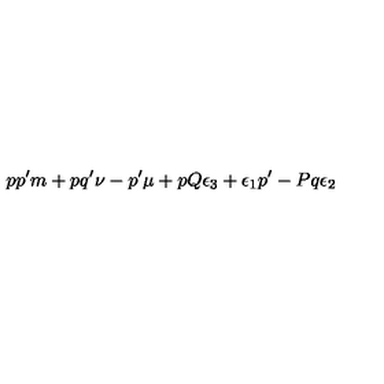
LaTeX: p p ^ { \prime } m + p q ^ { \prime } \nu - p ^ { \prime } \mu + p Q \epsilon _ { 3 } + \epsilon _ { 1 } p ^ { \prime } - P q \epsilon _ { 2 }